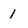
Character: 1